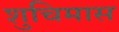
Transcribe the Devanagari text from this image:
शुचिमास